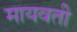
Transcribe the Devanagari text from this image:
मायवती